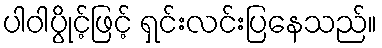
ပါဝါပွိုင့်ဖြင့် ရှင်းလင်းပြနေသည်။